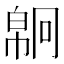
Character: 𢄗